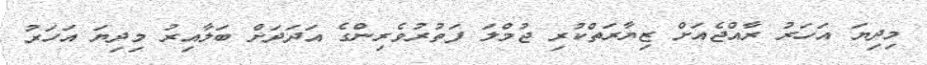
މިދިޔަ އަހަރު ރާއްޖެއަށް ޒިޔާރަތްކުރި ޖުމްލަ ފަތުރުވެރިންގެ އަދަދަށް ބަލާއިރު މިދިޔަ އަހަރު